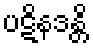
ပဋိနဒန္တိ